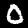
Label: 0